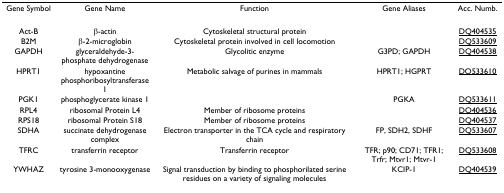
| Gene Symbol | Gene Name | Function | Gene Aliases | Acc. Numb. |
 | --- | --- | --- | --- | --- |
 | Act-B | β-actin | Cytoskeletal structural protein |  | DQ404535 |
 | B2M | β-2-microglobin | Cytoskeletal protein involved in cell locomotion |  | DQ533609 |
 | GAPDH | glyceraldehyde-3-phosphate dehydrogenase | Glycolitic enzyme | G3PD; GAPDH | DQ404538 |
 | HPRT1 | hypoxantine phosphoribosyltransferase 1 | Metabolic salvage of purines in mammals | HPRT1; HGPRT | DQ533610 |
 | PGK1 | phosphoglycerate kinase 1 |  | PGKA | DQ533611 |
 | RPL4 | ribosomal Protein L4 | Member of ribosome proteins |  | DQ404536 |
 | RPS18 | ribosomal Protein S18 | Member of ribosome proteins |  | DQ404537 |
 | SDHA | succinate dehydrogenase complex | Electron transporter in the TCA cycle and respiratory chain | FP, SDH2, SDHF | DQ533607 |
 | TFRC | transferrin receptor | Transferrin receptor | TFR; p90; CD71; TFR1; Trfr; Mtvr1; Mtvr-1 | DQ533608 |
 | YWHAZ | tyrosine 3-monooxygenase | Signal transduction by binding to phosphorilated serine residues on a variety of signaling molecules | KCIP-1 | DQ404539 |